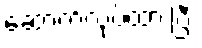
ဆောက်လုပ်ထားပြီး